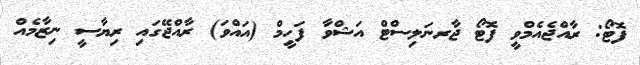
ފޮޓޯ: ރާއްޖެއެމްވީ ފޮޓޯ ޖާރނަލިސްޓް އަޝްވާ ފަހީމް (އައްވަ) ރާއްޖޭގައި ރިޔާސީ ނިޒާމެއް